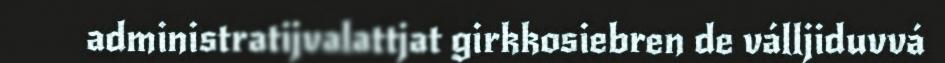
administratijvalattjat girkkosiebren de válljiduvvá